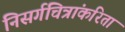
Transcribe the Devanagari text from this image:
निसर्गचित्रांकरिता